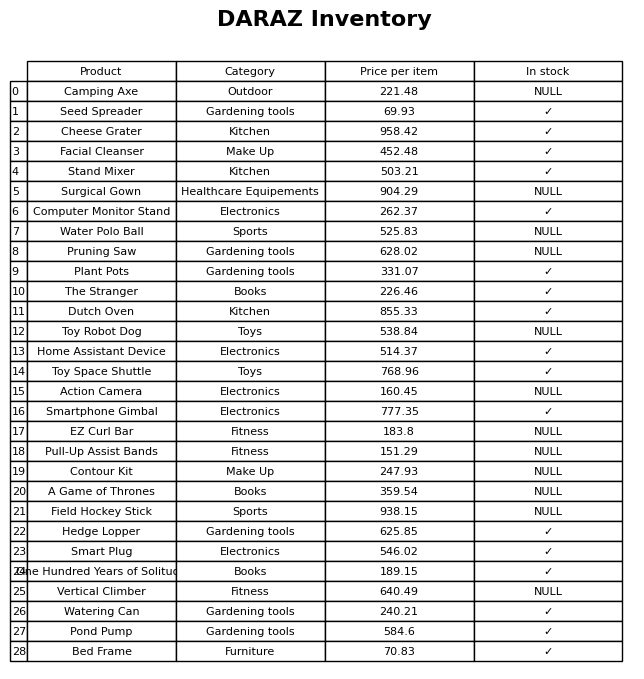
question: What category does the Smartphone Gimbal belong to?
answer: Electronics